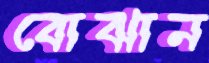
বোঝান